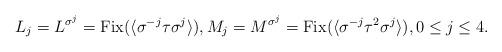
LaTeX: \begin{align*}L_j=L^{\sigma^j}=\mathrm{Fix}(\langle\sigma^{-j}\tau\sigma^j\rangle),M_j=M^{\sigma^j}=\mathrm{Fix}(\langle\sigma^{-j}\tau^2\sigma^j\rangle), 0\le j\le 4.\end{align*}